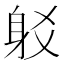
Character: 𨈠